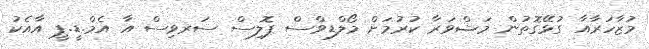
މުޒާހަރާއާ ގުޅޭގޮތުން މަޝްވަރާ ކުރުމަށް މޯލްޑިވްސް ޕޮލިސް ސަރވިސް އާ އެމް.ޑީ.ޕީ އާއެކު